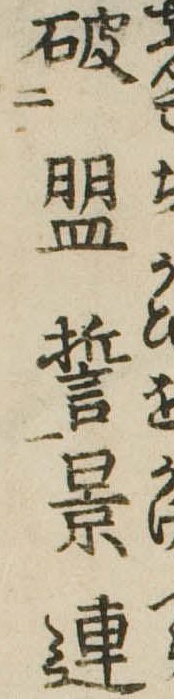
破盟誓景連